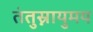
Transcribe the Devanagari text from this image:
तंतुस्नायुमय